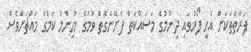
ފަރާތްތަކަށް އެހީ ފޯރުވައި ދިނުމުގެ މަސައްކަތް ފެށޭނެގޮތް ވުމުގެ މުހިންމު ކަމުގެ މައްޗަށްވެސް